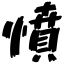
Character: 憤